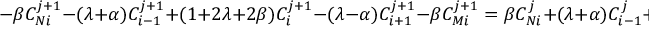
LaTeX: - \beta C _ { N i } ^ { j + 1 } - ( \lambda + \alpha ) C _ { i - 1 } ^ { j + 1 } + ( 1 + 2 \lambda + 2 \beta ) C _ { i } ^ { j + 1 } - ( \lambda - \alpha ) C _ { i + 1 } ^ { j + 1 } - \beta C _ { M i } ^ { j + 1 } = \beta C _ { N i } ^ { j } + ( \lambda + \alpha ) C _ { i - 1 } ^ { j } + ( 1 - 2 \lambda - 2 \beta ) C _ { i } ^ { j } + ( \lambda - \alpha ) C _ { i + 1 } ^ { j } + \beta C _ { M i } ^ { j } .